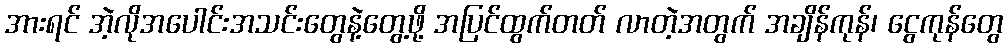
အားရင် အဲ့လိုအပေါင်းအသင်းတွေနဲ့တွေ့ဖို့ အပြင်ထွက်တတ် လာတဲ့အတွက် အချိန်ကုန်၊ ငွေကုန်တွေ